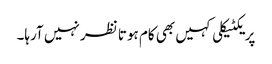
پریکٹیکلی کہیں بھی کام ہوتا نظر نہیں آرہا۔